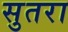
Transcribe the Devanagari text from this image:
सुतरा